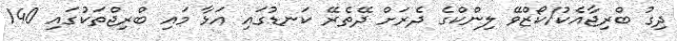
ދިގު ބްރިޖާއެކު/ކޯޒްވޭ ލިންކްގެ ދެރަށް ދޭތެރޭ ކަނޑުގައި އަޅާ މައި ބްރިޖްތަކުގައި 140